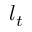
l _ { t }